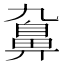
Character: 𪖒